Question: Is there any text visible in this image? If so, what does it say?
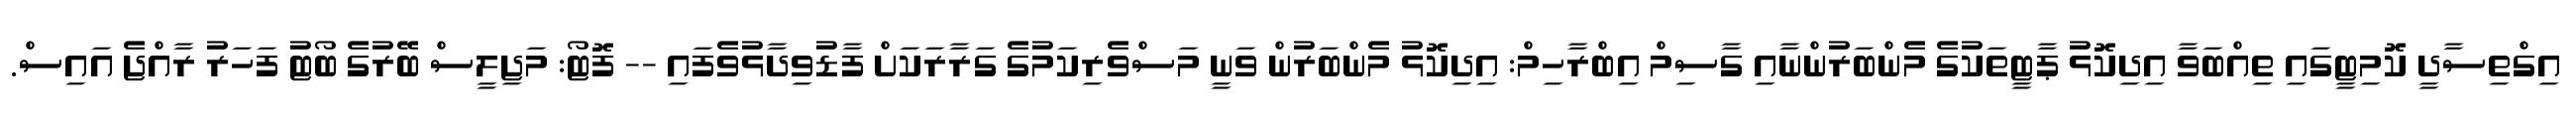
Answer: އިގްތިސާދީ ކޮމިޓީގައި ތިއްބަވާ އިދިކޮޅު ޕާޓީތަކުގެ މެންބަރުންނާއި ގާސިމް އިބްރާހިމް: އިދިކޮޅު މެންބަރުން ވަނީ މަސްވެރިކަމުގެ ގަރާރަކަށް ފާޑުވިދާޅުވެފައި -- ފޮޓޯ: މަޖިލީސް ބޭރުގެ ބޯޓު ފަހަރު ރާއްޖެ އައިސް.